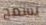
يسمح